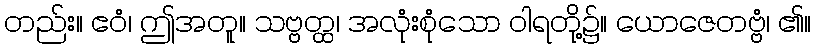
တည်း။ ဧဝံ၊ ဤအတူ။ သဗ္ဗတ္ထ၊ အလုံးစုံသော ဝါရတို့၌။ ယောဇေတဗ္ဗံ၊ ၏။